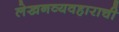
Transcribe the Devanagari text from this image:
लेखनव्यवहाराची